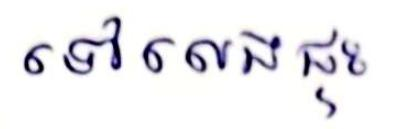
ទៅលេងផ្ទះ